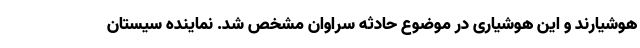
هوشیارند و این هوشیاری در موضوع حادثه سراوان مشخص شد. نماینده سیستان